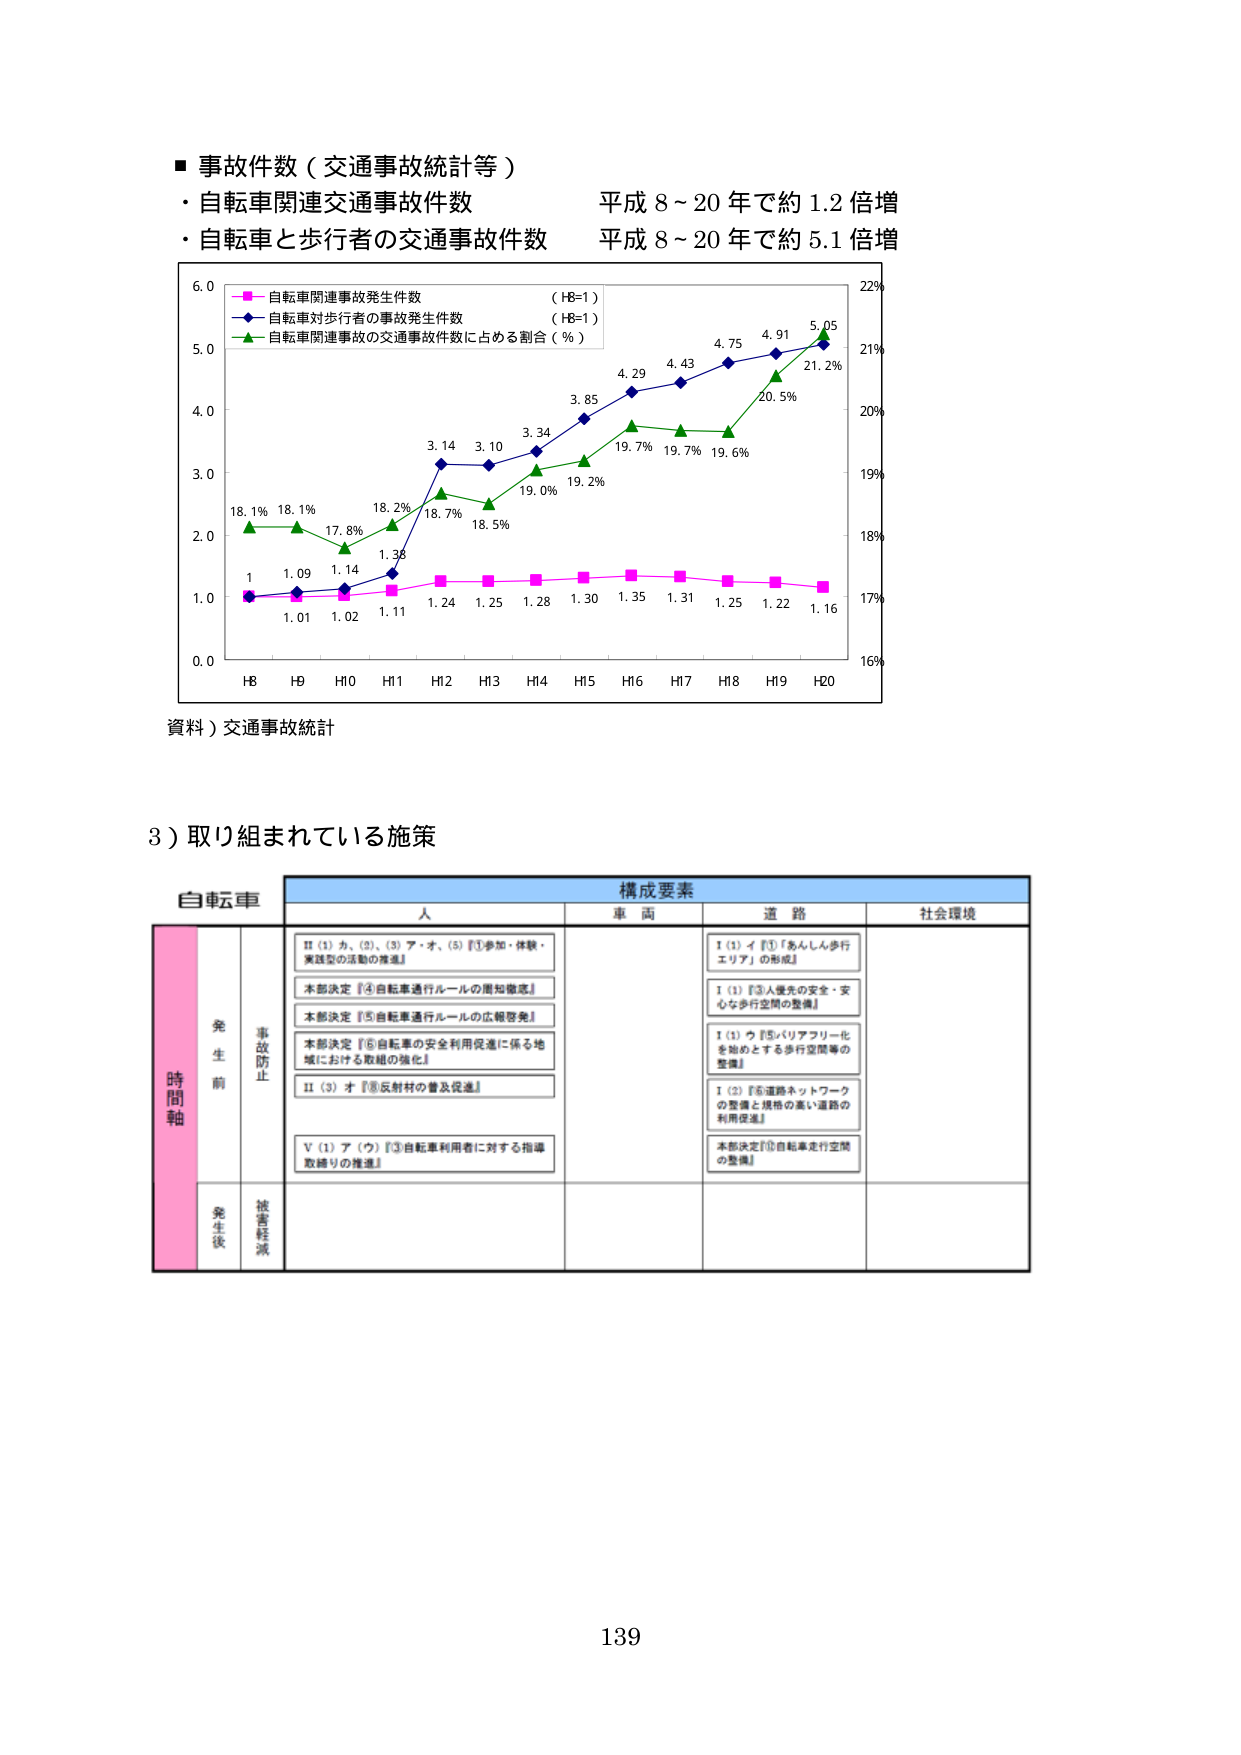
■ 事故件数（交通事故統計等）
・自転車関連交通事故件数 平成8～20年で約1.2倍増
・自転車と歩行者の交通事故件数 平成8～20年で約5.1倍増

6.0
5.0
4.0
3.0
2.0
1.0
0.0

（HB-1）
自転車関連事故発生件数
（HB-1）
自転車対歩行者の事故発生件数
自転車関連事故の交通事故件数に占める割合（％）

22%
21%
20%
19%
18%
17%
16%

18.1% 18.1% 17.8% 18.2% 18.7% 18.5% 19.0% 19.2% 19.7% 19.7% 19.6% 20.5% 21.2%
1 1.09 1.14 1.38 1.24 1.25 1.28 1.30 1.35 1.31 1.25 1.22 1.16
3.14 3.10 3.34 3.85 4.29 4.43 4.75 4.91 5.05

HB H9 H10 H11 H12 H13 H14 H15 H16 H17 H18 H19 H20

資料）交通事故統計

3）取り組まれている施策

自転車
構成要素
人 車両 道路 社会環境

時間軸
発生前
事故防止
Ⅱ（1）カ、（2）、（3）ア・オ、（5）『①参加・体験・
実践型の活動の推進』
本部決定『④自転車通行ルールの周知徹底』
本部決定『⑤自転車通行ルールの広報啓発』
本部決定『⑥自転車の安全利用促進に係る地
域における取組の強化』
Ⅱ（3）オ『⑧反射材の普及促進』
Ⅰ（3）イ『①「あんしん歩行
エリア」の形成』
Ⅰ（1）『③人優先の安全・安
心な歩行空間の整備』
Ⅰ（1）ウ『⑤バリアフリー化
を始めとする歩行空間等の
整備』
Ⅰ（2）『⑥道路ネットワーク
の整備と規格の高い道路の
利用促進』
本部決定『⑩自転車走行空間
の整備』

発生後
被害軽減

139